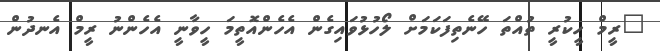
"ރީމް ހީކުރީ ތުއްތަ ހޭނެތިފަކަމަށް ލޯހުޅުވައިގެން އެހެންއޮތީމަ ހީވާނީ އެހެންނު ރީމް އެނދުން